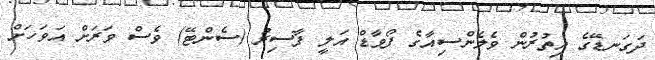
ދަގަނޑޭގެ އިތުރުން ވެލެންސިއާގެ ފޯވާޑް އަލީ ފާސިރު (ސެންޓޭ) ވެސް ވަރަށް އަވަހަށް